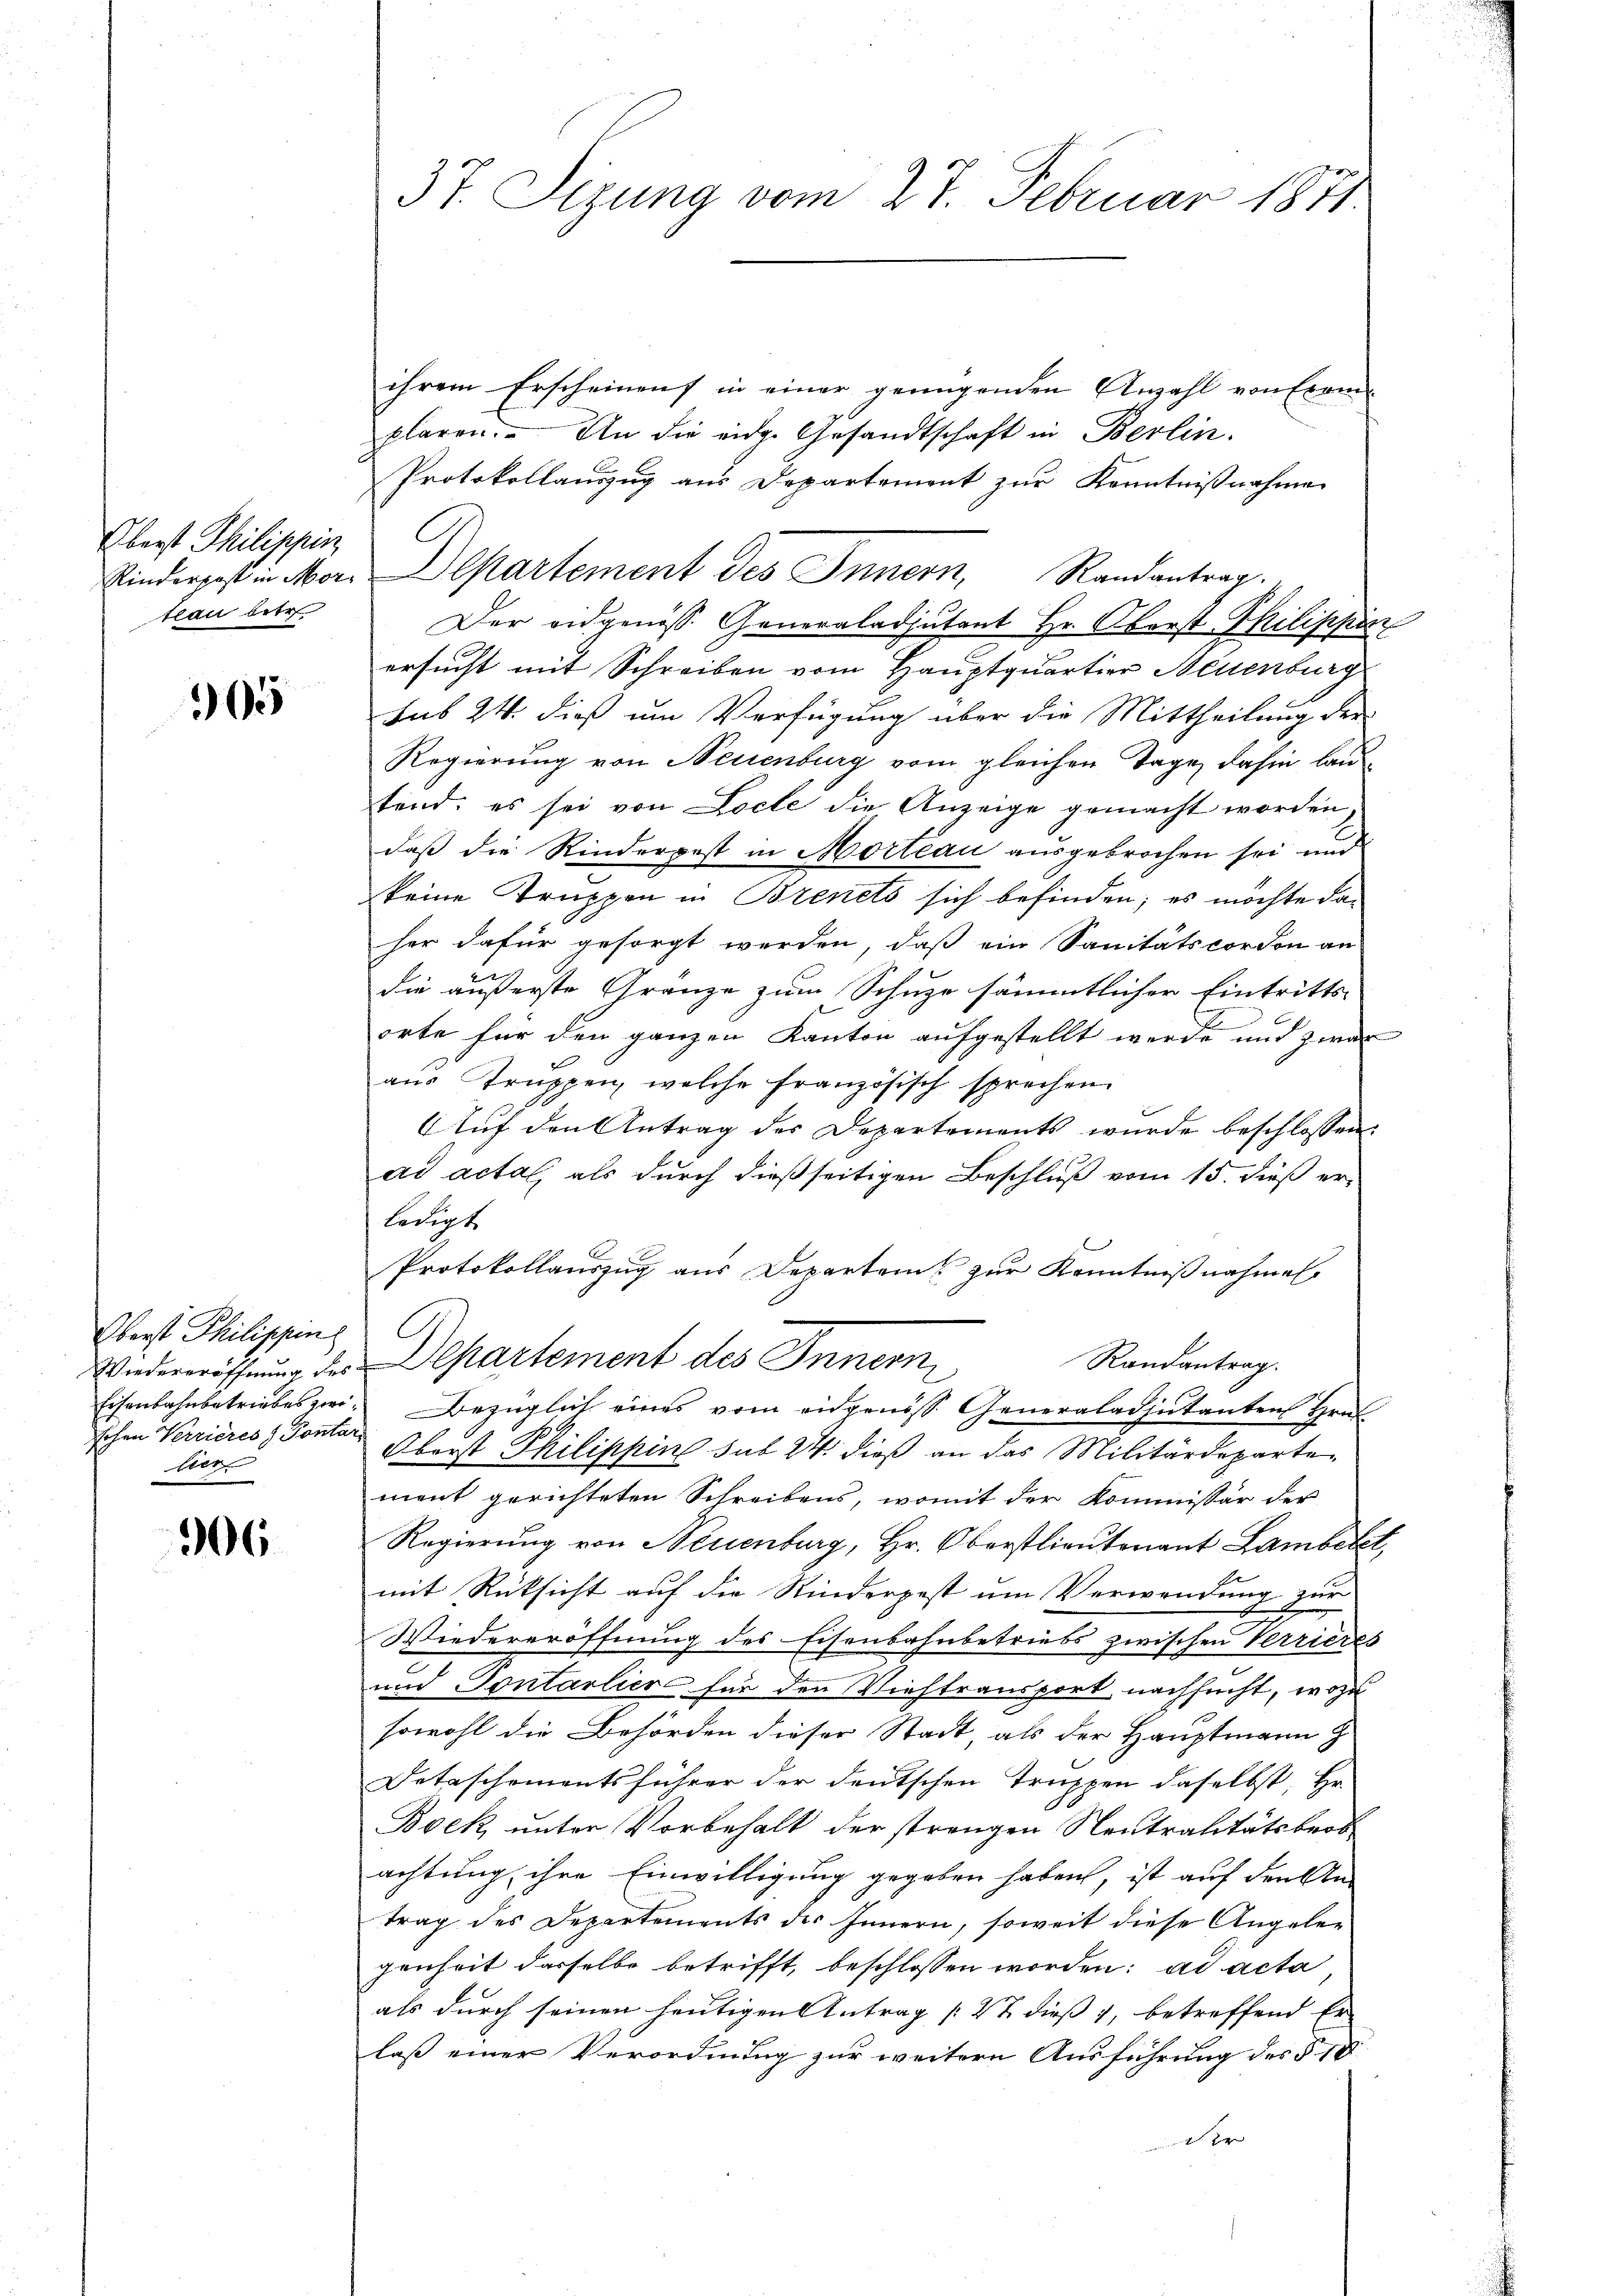
Oberst Philippin
teau betr.

165

Oberst Philippin
hohen Verrieres & Pontar
lier

906

ihrem Erscheinens in einer genügenden Anzahl von Exemplaren. An die eidg. Gesandtschaft in Berlin.
Protokollauszug aus Departement zur Kenntnißnahme
Kinderes in Mor. Departement des Innern, Randantrag.
Der eidgenöss. Generaladjutant Hr. Oberst Philippin
ersucht mit Schreiben vom Hauptquartier Neuenburg
sub 24. dieß um Verfügung über die Mittheilung der
Regierung von Neuenburg vom gleichen Tage, dahin lautend; es sei von Locte die Anzeige gemacht worden,
daß die Rinderpest in Morteau ausgebrochen sei und
keine Truppen in Brenes sich befinden; es möchte daher dafür gesorgt werden, daß ein Sanitätscordon an
u
die äußerste Gränze zum Schuze sämmtlicher Eintritts-
orte für den ganzen Kanton aufgestellt werde und zwar
aus Truppen, welche Französisch sprechen
Auf den Antrag der Departements wurde beschlossen:
.
ad actal, als durch dießseitigen Beschluß vom 15. dieß er
ledigt.
Protokollauszug aus Departei zur Kenntnißnahmen
Randantrag.
Wiedereröffnung des Departement des Innern
Eisenbahnbetriebes zwi- Bezüglich eines vom eidgenöss. Generaladjutanten Gruf
Oberst Philippine sub 24. dieß an das Militärdepartement gerichteten Schreibens, womit der Kommissär der
Regierung von Neuenburg, Hr. Oberstlieutenant Lambetet,
mit Rücksicht auf die Rinderpest um Verwendung zur
Wiedereröffnung des Eisenbahnbetriebs zwischen Verrieres
und Sontarlier für den Viehtransport nachsucht, wozu
sowohl die Behörden dieser Stadt, als der Hauptmann
Detaschementsführer der deutschen Truppen daselbst, Hr.
Bock unter Vorbehalt der strengen Neutralitätsbrot
achtung ihre Einwilligung gegeben haben, ist auf den Sta
trag des Departements des Innern, soweit diese Angelen
genheit dasselbe betrifft, beschlossen worden: ad acta
als durch seinen heutigen Antrag [22 dieß 1, betreffend Er-
lass einer Verordnung zur weitern Ausführung des § 18

37. Sizung vom 27. Februar 1871